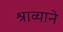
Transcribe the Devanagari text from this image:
श्राव्याने